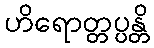
ဟိရောတ္တပ္ပန္တိ